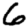
Digit: 6